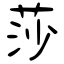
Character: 莎